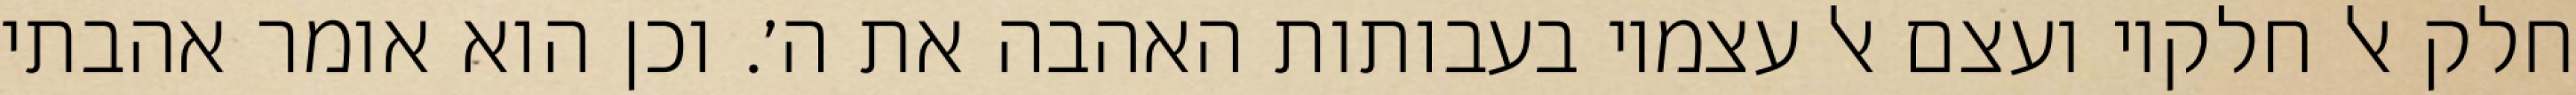
חלק אל חלקיו ועצם אל עצמיו בעבותות האהבה את ה׳. וכן הוא אומר אהבתי